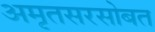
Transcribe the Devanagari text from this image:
अमृतसरसोबत